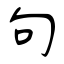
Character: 句